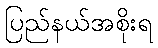
ပြည်နယ်အစိုးရ